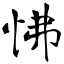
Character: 怫